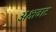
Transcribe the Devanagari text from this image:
अक्षवाट